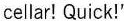
cellar! Quick!'